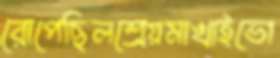
রোপেছিলশ্রেয়মাখাইভো